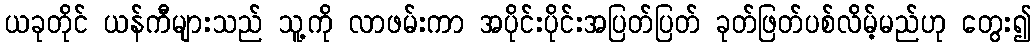
ယခုတိုင် ယန်ကီများသည် သူ့ကို လာဖမ်းကာ အပိုင်းပိုင်းအပြတ်ပြတ် ခုတ်ဖြတ်ပစ်လိမ့်မည်ဟု တွေး၍